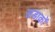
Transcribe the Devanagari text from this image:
लडाकों